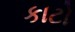
કાટો